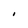
Character: I